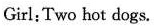
Girl:Two hot dogs.